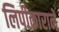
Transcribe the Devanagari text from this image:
लिपीकाराने